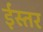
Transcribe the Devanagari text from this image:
ईस्तर